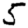
Digit: 5